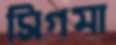
সিগমা